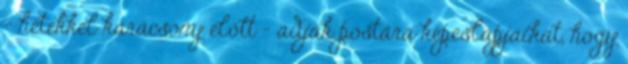
– hetekkel karácsony előtt – adják postára képeslapjaikat, hogy